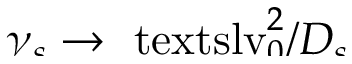
\smash { \gamma _ { s } \to \ensuremath { \mathrm { \ t e x t s l { v } } _ { 0 } } ^ { 2 } / \ensuremath { D _ { s } } }